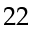
2 2